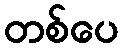
တစ်ပေ